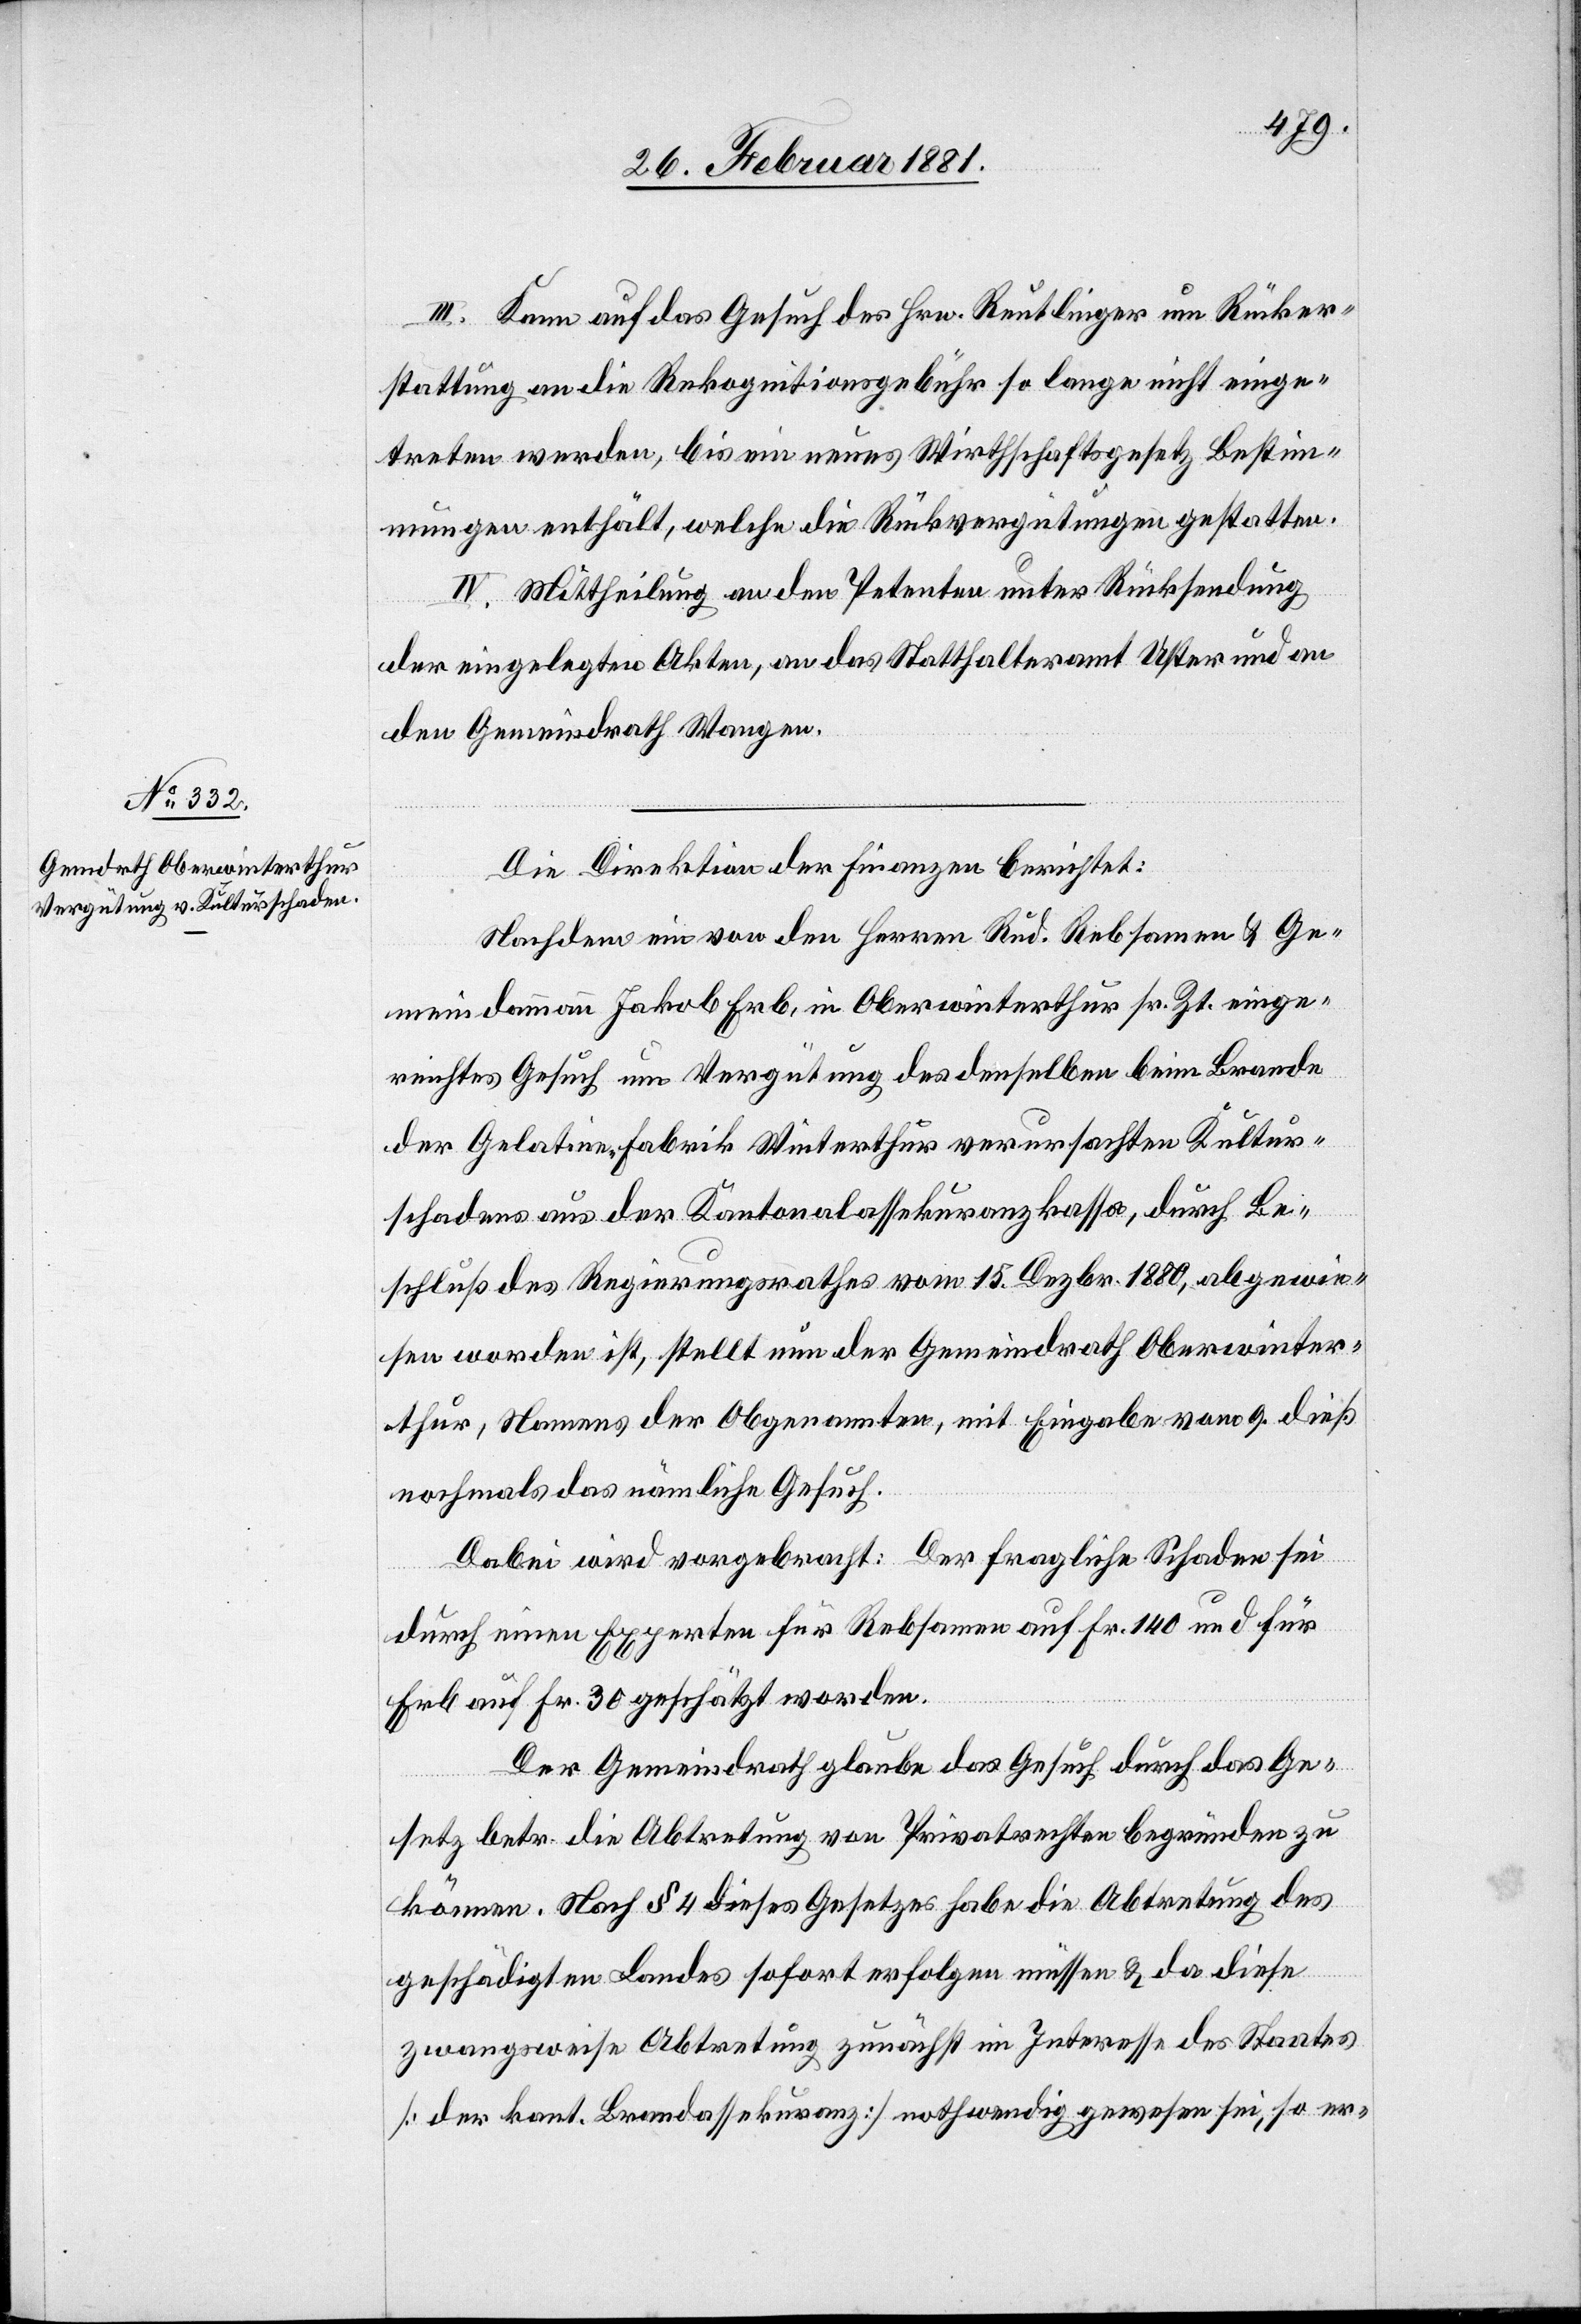
III. Kann auf das Gesuch des Hrn. Reutlinger um Rücker¬
stattung an die Rekognitionsgebühr so lange nicht einge¬
treten werden, bis ein neues Wirthschaftsgesetz Bestim¬
mungen enthält, welche die Rückvergütungen gestatten.
IV. Mittheilung an den Petenten unter Rücksendung
der eingelegten Akten, an das Statthalteramt Uster und an
den Gemeindrath Wangen.
Die Direktion der Finanzen berichtet:
Nachdem ein von den Herren Rud. Rebsamen & Ge¬
meindammann Jakob Erb, in Oberwinterthur sr. Zt. einge¬
reichtes Gesuch um Vergütung des denselben beim Brande
der Gelatinefabrik Winterthur verursachten Kultur¬
schaden aus der Kantonalassekuranzkassa, durch Be¬
schluß des Regierungsrathes vom 15. Dezbr. 1880, abgewie¬
sen worden ist, stellt nun der Gemeindrath Oberwinter¬
thur, Namens der Obgenannten, mit Eingabe vom 9. dieß
nochmals das nämliche Gesuch.
Dabei wird vorgebracht: Der fragliche Schaden sei
durch einen Experten für Rebsamen auf Fr. 140 und für
Erb auf Fr. 30 geschätzt worden.
Der Gemeindrath glaube das Gesuch durch das Ge¬
setz betr. die Abtretung von Privatrechten begründen zu
können. Nach § 4 dieses Gesetzes habe die Abtretung des
geschädigten Landes sofort erfolgen müssen & da diese
zwangsweise Abtretung zunächst im Interesse des Staates
[der kant. Brandassekuranz] nothwendig gewesen sei, so er-